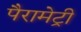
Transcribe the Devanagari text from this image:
पैरामेट्री